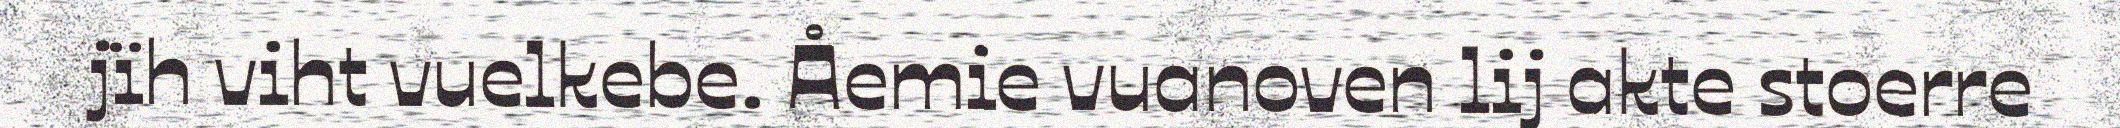
jïh viht vuelkebe. Åemie vuanoven lij akte stoerre